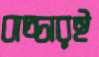
বাচ্চারই